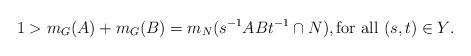
LaTeX: \begin{align*}1 > m_G(A) + m_G(B) = m_N(s^{-1}ABt^{-1} \cap N), \textrm{for all $(s,t) \in Y$}.\end{align*}